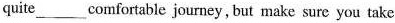
quite___comfortable journey，but make sure you take